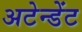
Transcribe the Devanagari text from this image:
अटेन्डेंट